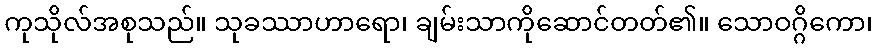
ကုသိုလ်အစုသည်။ သုခဿာဟာရော၊ ချမ်းသာကိုဆောင်တတ်၏။ သောဝဂ္ဂိကော၊